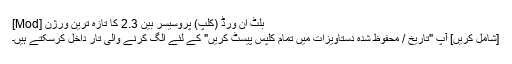
[Mod] بلٹ ان ورڈ (کلپ) پروسیسر بین 2.3 کا تازہ ترین ورژن
[شامل کریں] آپ "تاریخ / محفوظ شدہ دستاویزات میں تمام کلپس پیسٹ کریں" کے لئے الگ کرنے والی تار داخل کرسکتے ہیں۔